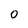
Character: O